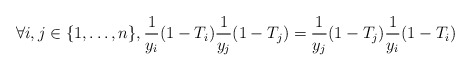
\begin{align*} \forall i, j \in \{1, \ldots, n\}, \frac 1{y_{i}} (1 -T_{i})\frac 1{y_{j}} (1 -T_{j}) = \frac 1{y_{j}} (1 -T_{j}) \frac 1{y_{i}} (1 -T_{i})\end{align*}